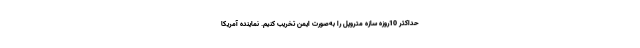
حداکثر 10روزه سازه متروپل را به‌صورت ایمن تخریب کنیم. نماینده آمریکا